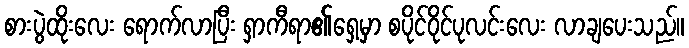
စားပွဲထိုးလေး ရောက်လာပြီး ရှာကီရာ၏ရှေ့မှာ စပိုင်ဝိုင်ပုလင်းလေး လာချပေးသည်။